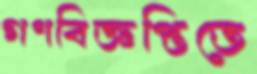
গণবিজ্ঞপ্তিতে